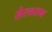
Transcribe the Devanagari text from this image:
सेरतराम